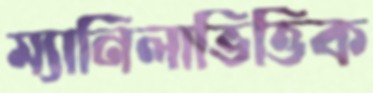
ম্যানিলাভিত্তিক